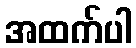
အထက်ပါ